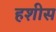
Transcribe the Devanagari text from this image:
हशीस